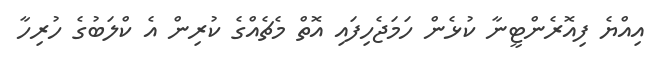
އިއްޔެ ފިއޮރެންޓީނާ ކުޅެން ހަމަޖެހިފައި އޮތް މެޗެއްގެ ކުރިން އެ ކްލަބުގެ ހުރިހާ